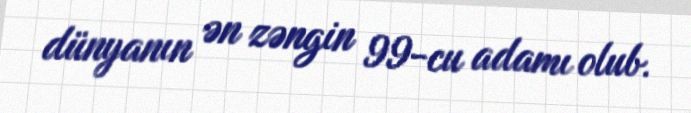
dünyanın ən zəngin 99-cu adamı olub.